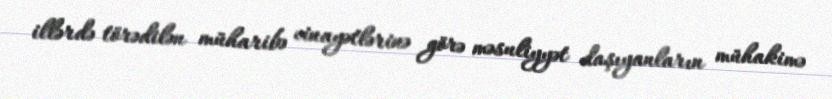
illərdə törədilən müharibə cinayətlərinə görə məsuliyyət daşıyanların mühakimə